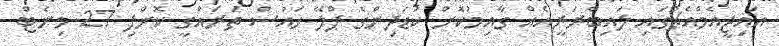
އައިޖީއެމްއެޗުގައި ލައިބްރަރީއެއް ގާއިމުކޮށް ކުޑަދިންގެ ޕްލޭ ހައުސް ތަރައްގީ ކޮށްފި 27 މިނެޓް